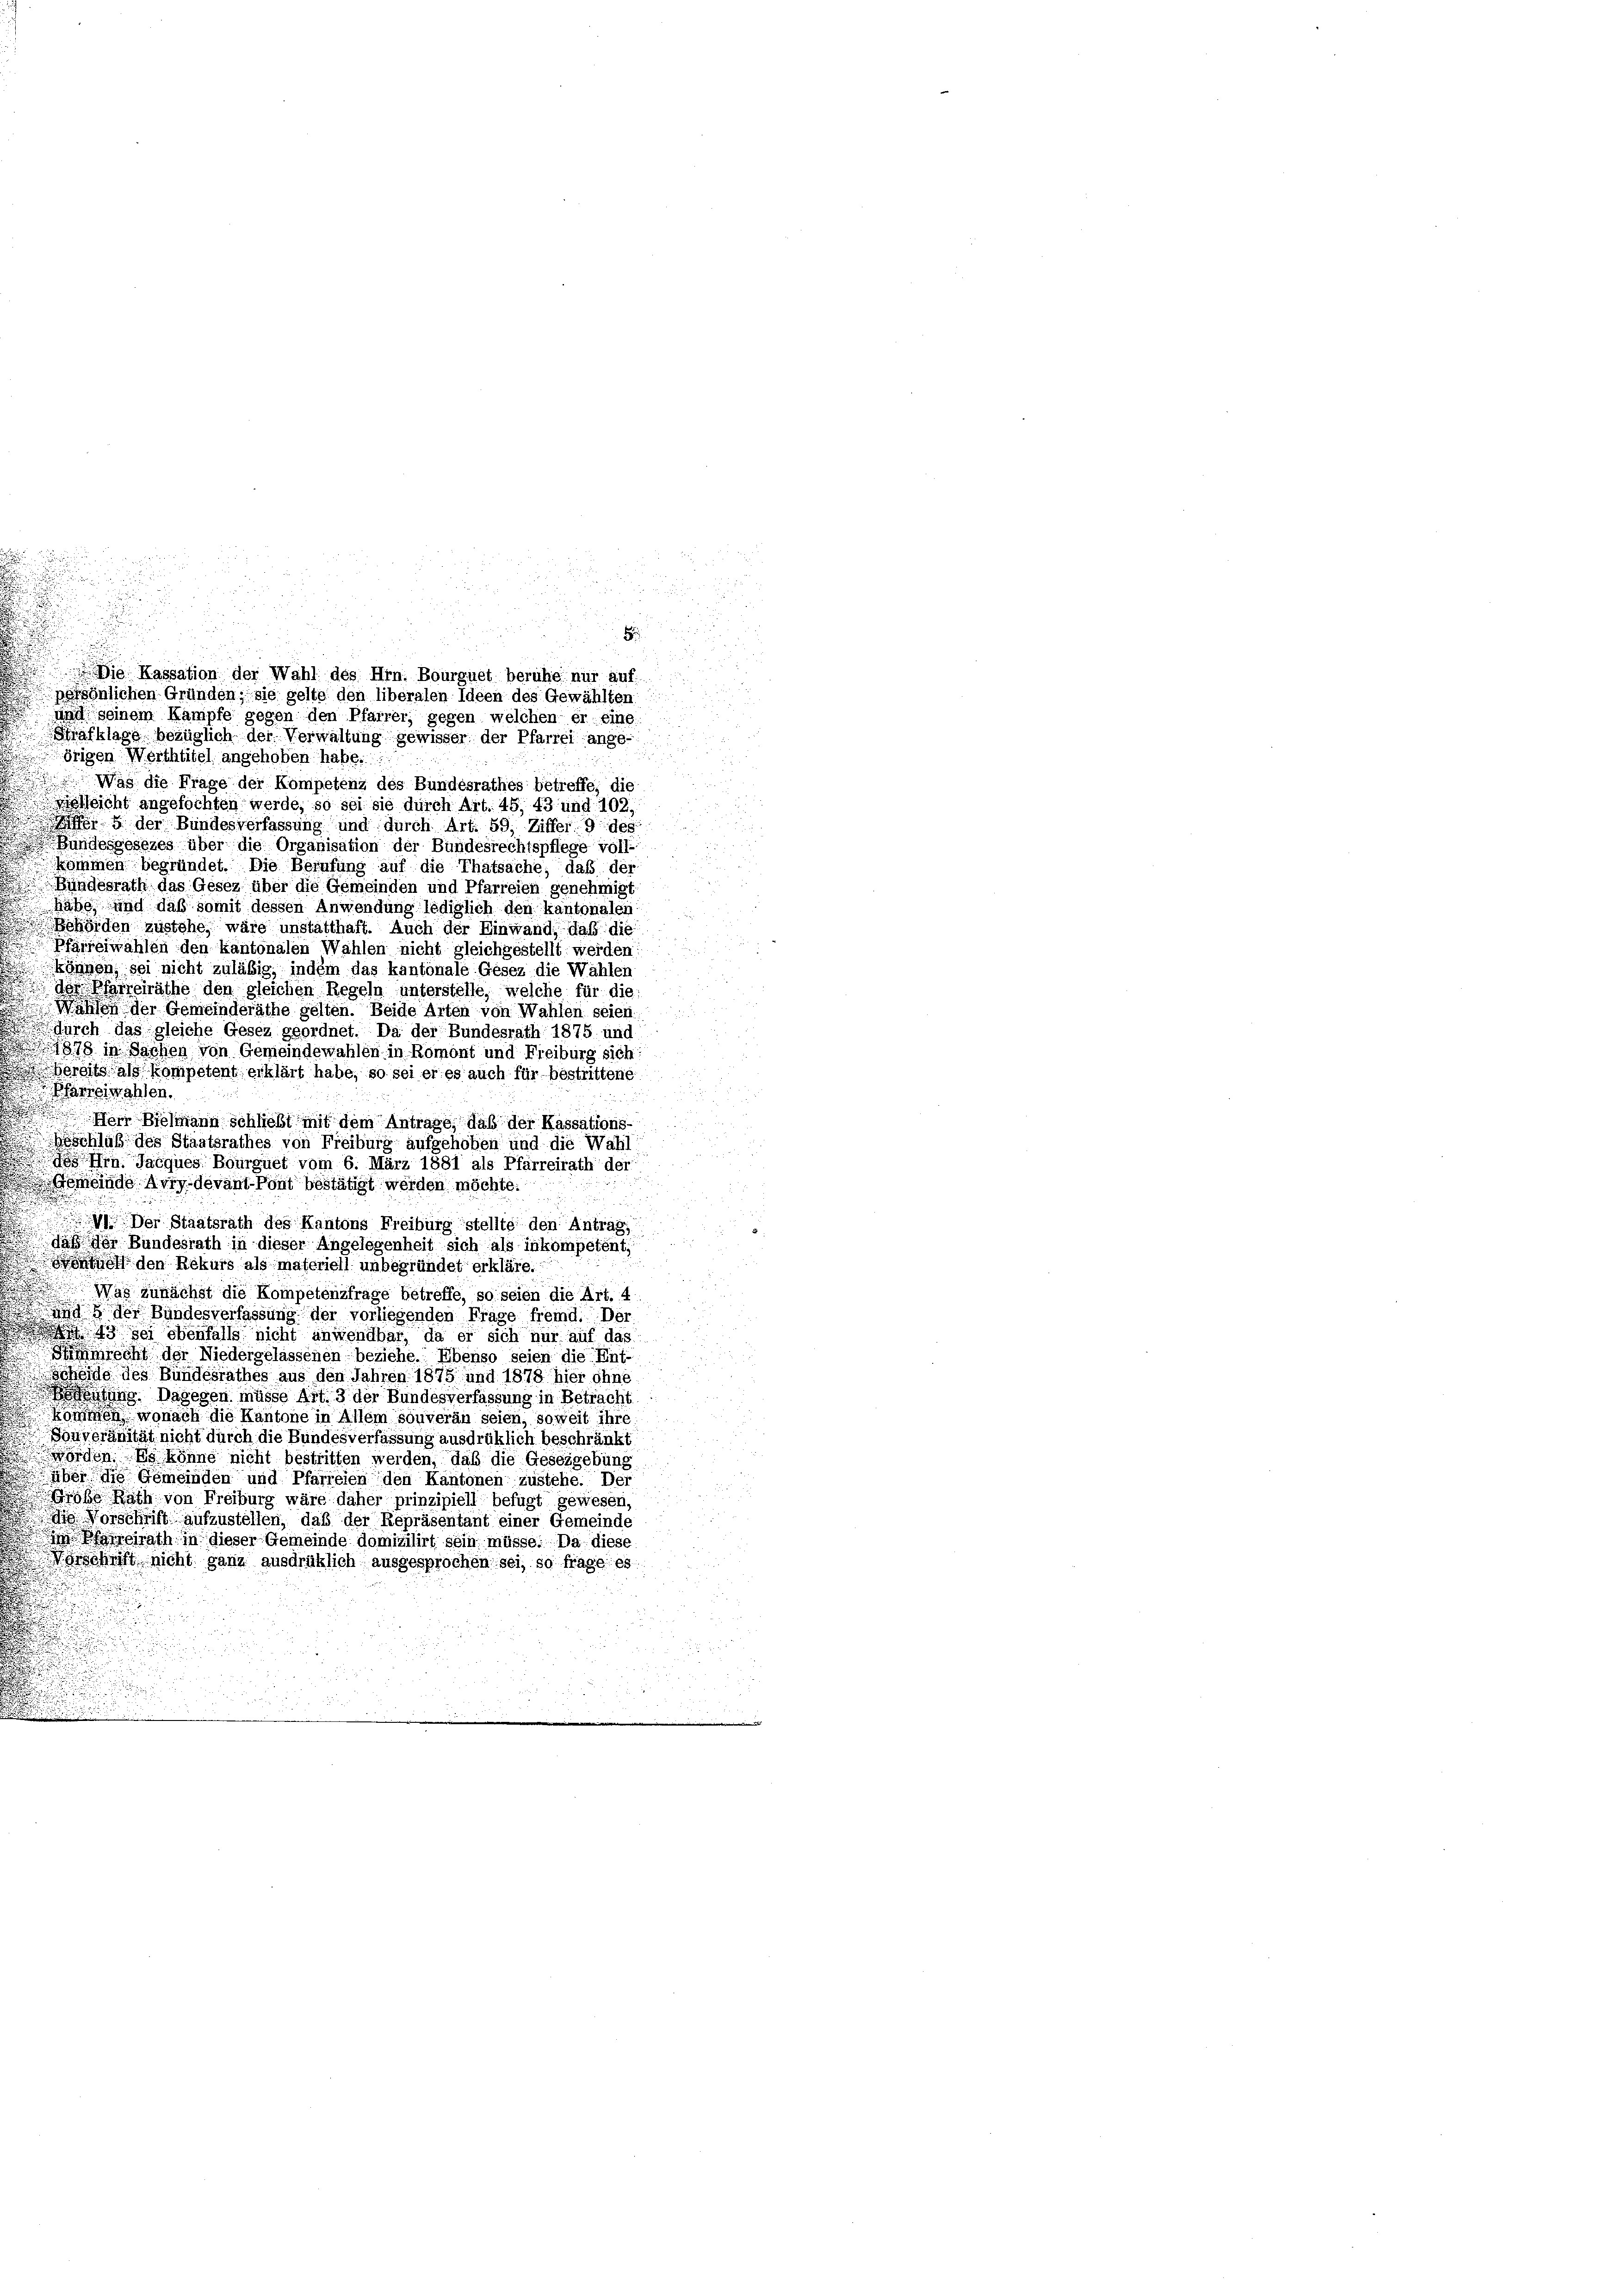
¬

örigen Werthtitel angehoben habe.
Was die Frage der Kompetenz des Bundesrathes betreffe, die
elleicht angefochten werde, so sei sie durch Art. 45. 43 und 102,
 5 der Bundesverfassung und durch Art. 59, Ziffer 9 des
Bundesgesezes über die Organisation der Bundesrechtspflege voll-
kommen begründet. Die Berufung auf die Thatsache, daß der
Bundesrath das Gesez über die Gemeinden und Pfarreien genehmigt
habe und daß somit dessen Anwendung lediglich den kantonalen
Behörden zustehe, wäre unstatthaft. Auch der Einwand, daß die
Pfarrziwahlen den Kantonalen Wahlen nicht gleichgestellt werden:
können, sei nicht zuläßig, indem das kantonale Gesez die Wahlen
des Pfarreiräthe den gleichen Regeln unterstelle, welche für die
 Wahlen der Gemeinderäthe gelten. Beide Arten von Wahlen seien
 durch das gleiche Gesez geordnet. Da der Bundesrath 1875 und
378 in Sachen von Gemeindewahlen in Romont und Freiburg sich:
bereits als kompetent erklärt habe, so sei er es auch für bestrittene
Parisimahlen.
Herr Bielmann schließt mit dem Antrage, daß der Kassations-
Beschluß des Staatsrathes von Freiburg aufgehoben und die Wahl
 Hrn. Jacques Bourguet vom 6. März 1881 als Pfarreirath der
Gemeinde Avry devant-Pont bestätigt werden möchte.

 Der Staatsrath des Kantons Freiburg stellte den Antrag,
daß der Bundesrath in dieser Angelegenheit sich als inkompetent,
n den Rekurs als materiell unbegründet erkläre.
Was zunächst die Kompetenzfrage betreffe, so seien die Art. 4
und der Bundesverfassung der vorliegenden Frage fremd. Der
n 43 sei ebenfalls nicht anwendbar, da er sich nur auf das
immrecht der Niedergelassenen beziehe. Ebenso seien die Ent-
Scheide des Bundesrathes aus den Jahren 1875 und 1878 hier ohne
ung. Dagegen müsse Art. 3 der Bundesverfassung in Betracht
kommen, wonach die Kantone in Allem souverän seien, soweit ihre
Souveränität nicht durch die Bundesverfassung ausdrüklich beschränkt
worden. Es könne nicht bestritten werden, daß die Gesetzgebung
über die Gemeinden und Pfarreien den Kantonen zustehe. Der
Grohe Rath von Freiburg wäre daher prinzipiell befugt gewesen,
die Vorschrift aufzustellen, daß der Repräsentant einer Gemeinde
 Pirath in dieser Gemeinde domizilirt sein müsse. Da diese
Vorschrift nicht ganz ausdrüklich ausgesprochen sei, so frage es
u
.

H
ie Kassation der Wahl des Hrn. Bourguet beruhe nur auf
persönlichen Gründen; sie gelte den liberalen Ideen des Gewählten
and seinem Kampfe gegen den Pfarrer, gegen welchen er eine
Strafklage bezüglich der Verwaltung gewisser der Pfarrei ange-